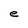
Character: e